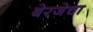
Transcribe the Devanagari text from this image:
बेरजेचा